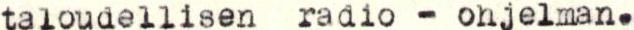
taloudellisen radio - ohjelman.